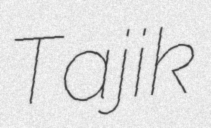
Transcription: Tajik